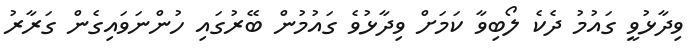
ވިދާޅުވީ ގައުމު ދެކެ ލޯބިވާ ކަމަށް ވިދާޅުވެ ގައުމުން ބޭރުގައި ހުންނަވައިގެން ގަރާރު